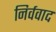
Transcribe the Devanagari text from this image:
निर्ववाद